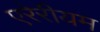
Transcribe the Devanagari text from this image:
एरेरीयम